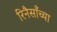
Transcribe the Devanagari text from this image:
रिनैसाँच्या